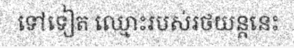
ទៅទៀត ឈ្មោះរបស់រថយន្តនេះ